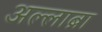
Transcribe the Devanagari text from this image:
अल्लाब्रा